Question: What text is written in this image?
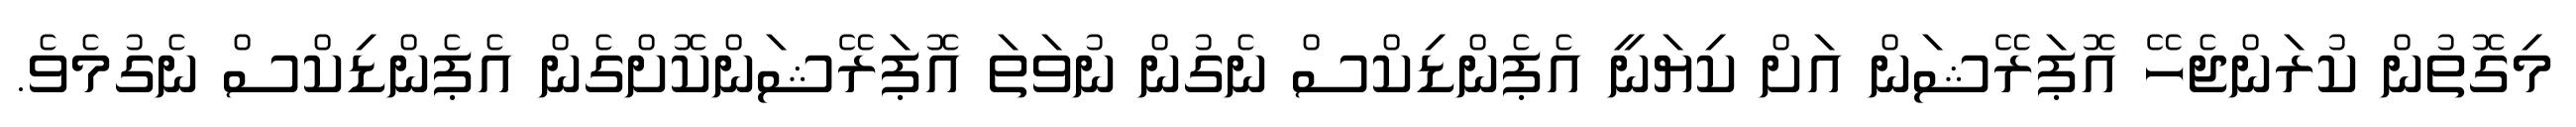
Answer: މިގޮތުން ކުރަންޖެހޭ އޮޕަރޭޝަން އަށް ކިޔަނީ އެޕެންޑިކްސް ނެގުން ނުވަތަ އޮޕަރޭޝަންކޮށްގެން އެޕެންޑިކްސް ނެގުމެވެ.